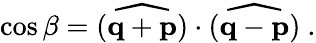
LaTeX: \cos\beta=\widehat{({\mathbf q}+{\mathbf p})}\cdot\widehat{({\mathbf q}-{\mathbf p})}\ .